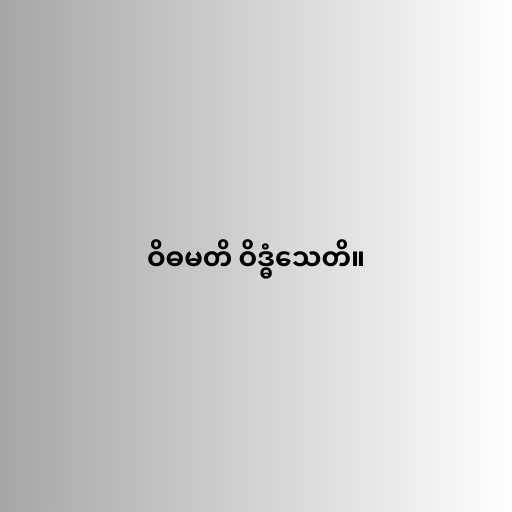
ဝိဓမတိ ဝိဒ္ဓံသေတိ။